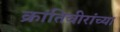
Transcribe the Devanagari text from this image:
क्रांतिवीरांच्या